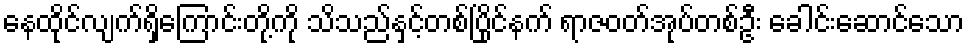
နေထိုင်လျက်ရှိကြောင်းတို့ကို သိသည်နှင့်တစ်ပြိုင်နက် ရာဇဝတ်အုပ်တစ်ဦး ခေါင်းဆောင်သော